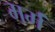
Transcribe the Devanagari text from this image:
मर्मं